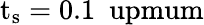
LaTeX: \mathrm{{t_{s}=0.1\ \ upmum}}